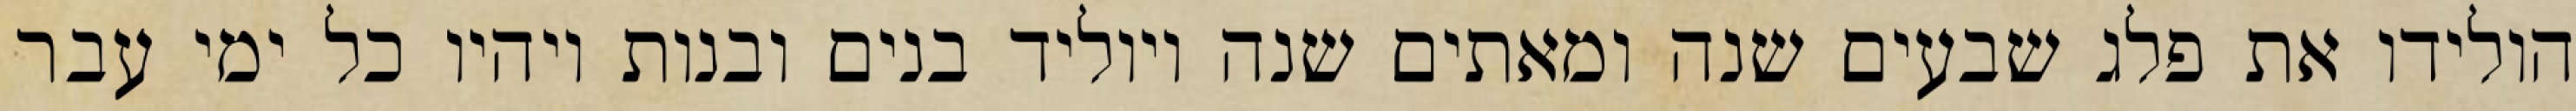
הולידו את פלג שבעים שנה ומאתים שנה ויוליד בנים ובנות ויהיו כל ימי עבר